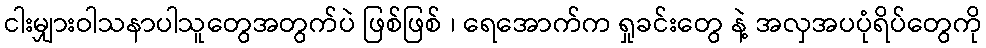
ငါးမျှားဝါသနာပါသူတွေအတွက်ပဲ ဖြစ်ဖြစ် ၊ ရေအောက်က ရှုခင်းတွေ နဲ့ အလှအပပုံရိပ်တွေကို